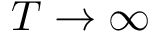
T \rightarrow \infty